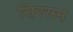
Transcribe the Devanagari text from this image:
सिरसम